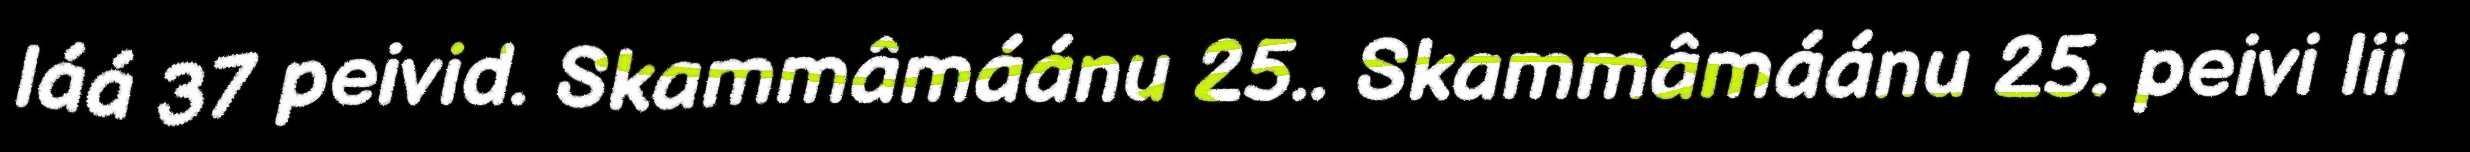
láá 37 peivid. Skammâmáánu 25.. Skammâmáánu 25. peivi lii